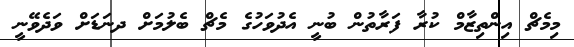
މިމެޗް އިންތިޒާމް ކުރާ ފަރާތުން ބުނީ އެދުވަހުގެ މެޗް ބެލުމަށް ދނަޑަށް ވަދެވޭނީ